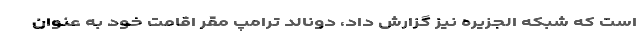
است که شبکه الجزیره نیز گزارش داد، دونالد ترامپ مقر اقامت خود به عنوان